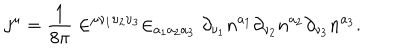
j ^ { \mu } = \frac 1 { 8 \pi } \in ^ { \mu \nu _ { 1 } \upsilon _ { 2 } \upsilon _ { 3 } } \in _ { a _ { 1 } a _ { 2 } a _ { 3 } } \partial _ { \nu _ { 1 } } n ^ { a _ { 1 } } \partial _ { \nu _ { 2 } } n ^ { a _ { 2 } } \partial _ { \nu _ { 3 } } n ^ { a _ { 3 } } .